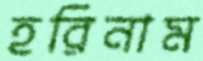
হরিনাম